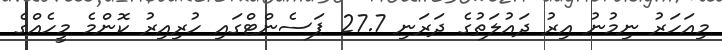
މިއަހަރު ނިމުނު އިރު ދައުލަތުގެ ދަރަނި 27.7 ޕަސެންޓްގައި ހުރިއިރު ކޮންމެ މީހެއްގެ